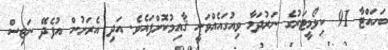
ބަހައްޓާ 91 ކިލޯމީޓަރުގެ ނަރުދަމާ ވިއުގައެއްވަނީ ޤާއިމުކޮށްފައެވެ. އަދި އެރަށުން އުފެދޭ ނަޖިސް